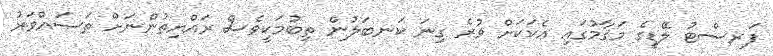
ފަރސްޓު ލޭޑީގެ މަޤާމުގައި އެކަކަށް ވުރެ ގިނަ ކަނބަލުން ތިބުމަކީވެސް ރައްޔިތުންނަށް ތަސައްވަރު